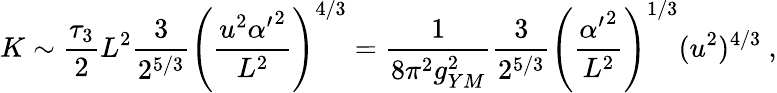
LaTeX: K\sim\frac{\tau_{3}}{2}L^{2}\frac{3}{2^{5/3}}\left(\frac{u^{2}{\alpha^{\prime}}^{2}}{L^{2}}\right)^{4/3}=\frac{1}{8\pi^{2}g_{YM}^{2}}\frac{3}{2^{5/3}}\left(\frac{{\alpha^{\prime}}^{2}}{L^{2}}\right)^{1/3}(u^{2})^{4/3}\ ,